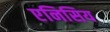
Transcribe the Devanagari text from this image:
एनिसिय